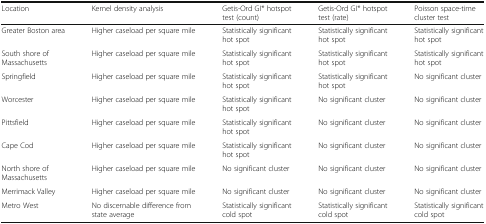
<table><thead><tr><td><b>Location</b></td><td><b>Kernel density analysis</b></td><td><b>Getis-Ord GI* hotspot test (count)</b></td><td><b>Getis-Ord GI* hotspot test (rate)</b></td><td><b>Poisson space-time cluster test</b></td></tr></thead><tbody><tr><td>Greater Boston area</td><td>Higher caseload per square mile</td><td>Statistically significant hot spot</td><td>Statistically significant hot spot</td><td>Statistically significant hot spot</td></tr><tr><td>South shore of Massachusetts</td><td>Higher caseload per square mile</td><td>Statistically significant hot spot</td><td>Statistically significant hot spot</td><td>Statistically significant hot spot</td></tr><tr><td>Springfield</td><td>Higher caseload per square mile</td><td>Statistically significant hot spot</td><td>Statistically significant hot spot</td><td>No significant cluster</td></tr><tr><td>Worcester</td><td>Higher caseload per square mile</td><td>Statistically significant hot spot</td><td>No significant cluster</td><td>No significant cluster</td></tr><tr><td>Pittsfield</td><td>Higher caseload per square mile</td><td>Statistically significant hot spot</td><td>No significant cluster</td><td>No significant cluster</td></tr><tr><td>Cape Cod</td><td>Higher caseload per square mile</td><td>Statistically significant hot spot</td><td>No significant cluster</td><td>No significant cluster</td></tr><tr><td>North shore of Massachusetts</td><td>Higher caseload per square mile</td><td>No significant cluster</td><td>No significant cluster</td><td>No significant cluster</td></tr><tr><td>Merrimack Valley</td><td>Higher caseload per square mile</td><td>No significant cluster</td><td>No significant cluster</td><td>No significant cluster</td></tr><tr><td>Metro West</td><td>No discernable difference from state average</td><td>Statistically significant cold spot</td><td>Statistically significant cold spot</td><td>Statistically significant cold spot</td></tr></tbody></table>